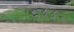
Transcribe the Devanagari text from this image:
८४४२